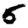
Digit: 5